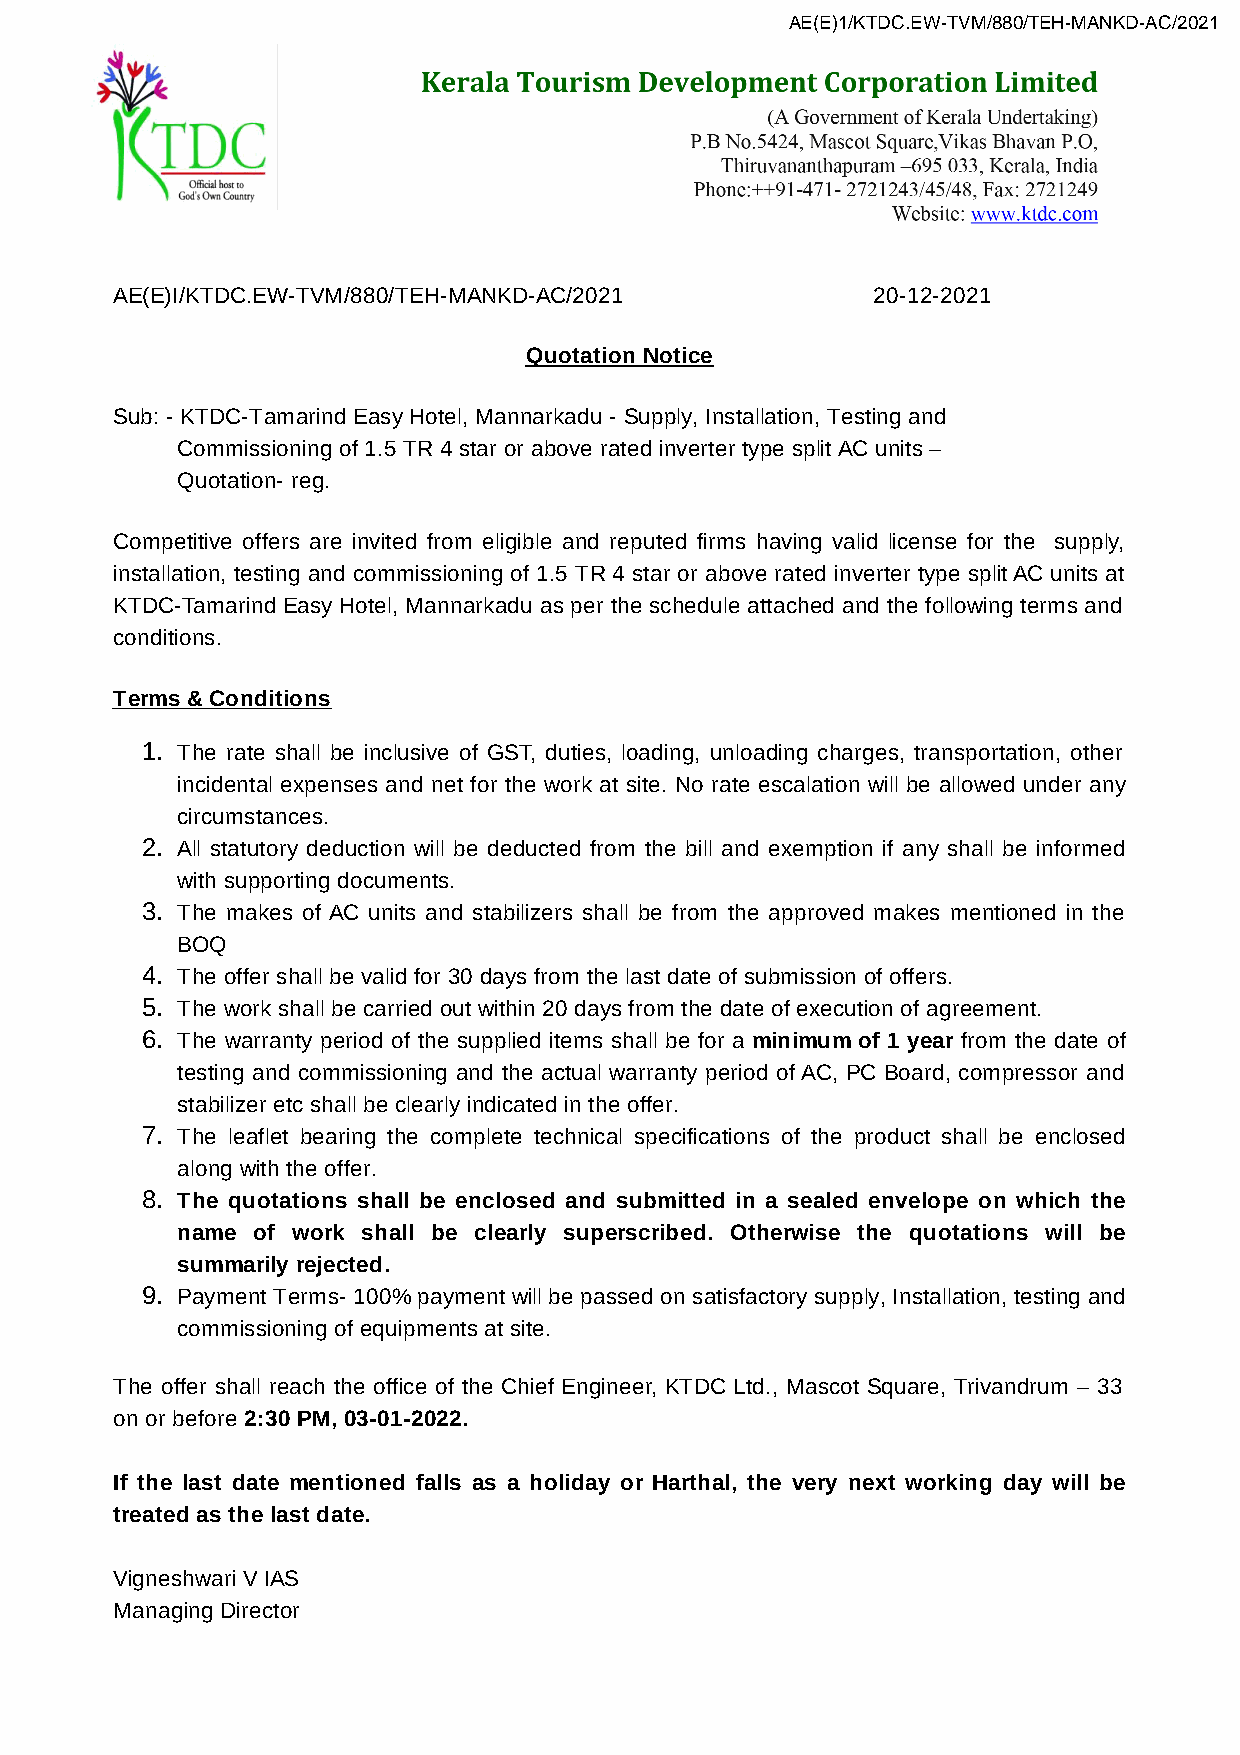
AE(E)1/KTDC.EW-TVM/880/TEH-MANKD-AC/2021
 AE(E)I/KTDC.EW-TVM/880/TEH-MANKD-AC/2021           20-12-2021
 Quotation Notice
 Sub: - KTDC-Tamarind Easy Hotel, Mannarkadu - Supply, Installation, Testing and
 Commissioning of 1.5 TR 4 star or above rated inverter type split AC units –
 Quotation- reg.
 Competitive offers are invited from eligible and reputed firms having valid license for the supply,
 installation, testing and commissioning of 1.5 TR 4 star or above rated inverter type split AC units at
 KTDC-Tamarind Easy Hotel, Mannarkadu as per the schedule attached and the following terms and
 conditions.
 Terms & Conditions
 1. The rate shall be inclusive of GST, duties, loading, unloading charges, transportation, other
 incidental expenses and net for the work at site. No rate escalation will be allowed under any
 circumstances.
 2. All statutory deduction will be deducted from the bill and exemption if any shall be informed
 with supporting documents.
 3. The makes of AC units and stabilizers shall be from the approved makes mentioned in the
 BOQ
 4. The offer shall be valid for 30 days from the last date of submission of offers.
 5. The work shall be carried out within 20 days from the date of execution of agreement.
 6. The warranty period of the supplied items shall be for a minimum of 1 year from the date of
 testing and commissioning and the actual warranty period of AC, PC Board, compressor and
 stabilizer etc shall be clearly indicated in the offer.
 7. The leaflet bearing the complete technical specifications of the product shall be enclosed
 along with the offer.
 8. The quotations shall be enclosed and submitted in a sealed envelope on which the
 name of work shall be clearly superscribed. Otherwise the quotations will be
 summarily rejected.
 9. Payment Terms- 100% payment will be passed on satisfactory supply, Installation, testing and
 commissioning of equipments at site.
 The offer shall reach the office of the Chief Engineer, KTDC Ltd., Mascot Square, Trivandrum – 33
 on or before 2:30 PM, 03-01-2022.
 If the last date mentioned falls as a holiday or Harthal, the very next working day will be
 treated as the last date.
 Vigneshwari V IAS
 Managing Director